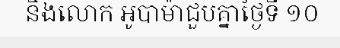
និងលោក អូបាម៉ាជួបគ្នាថ្ងៃទី ១០